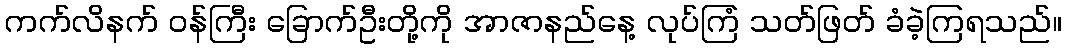
ကက်လိနက် ဝန်ကြီး ခြောက်ဦးတို့ကို အာဇာနည်နေ့ လုပ်ကြံ သတ်ဖြတ် ခံခဲ့ကြရသည်။